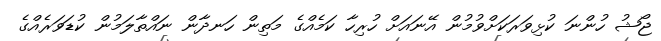
ޖޯޝު ހުންނަ ކުޅިވަރަކަށްވުމުން އޭނައަށް ހުރިހާ ކަމެއްގެ މަތިން ހަނދާން ނައްތާލަމުން ކުޑަވަރެއްގެ